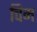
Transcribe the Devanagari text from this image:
चिम